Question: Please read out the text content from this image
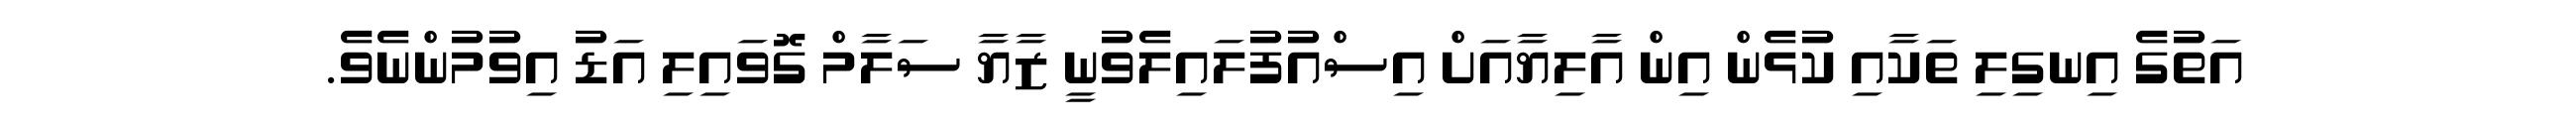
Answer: އަތުގެ އިނގިލި ތަކާއި ކުޅެން އިން އާލިޔާއަށް އިސްއުފުލައިލެވުނީ ޒާޔާ ސަލާމް ގޮވައިލި އަޑު އިވުމުންނެވެ.